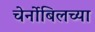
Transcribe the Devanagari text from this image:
चेर्नोबिलच्या